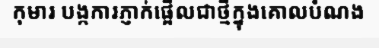
កុមារ បង្កការភ្ញាក់ផ្អើលជាថ្មីក្នុងគោលបំណង